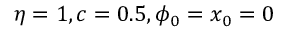
\eta = 1 , c = 0 . 5 , \phi _ { 0 } = x _ { 0 } = 0